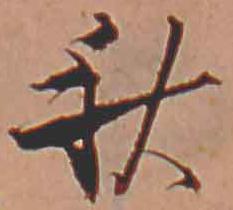
秋